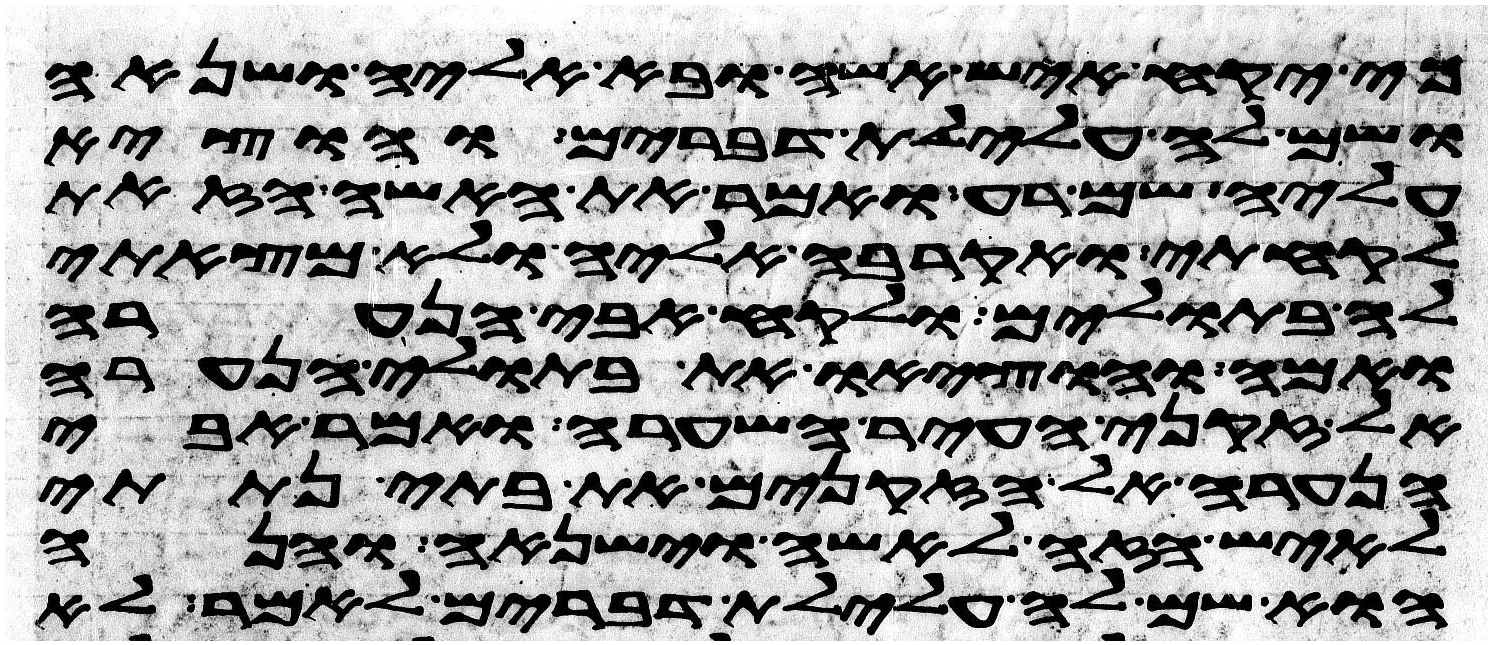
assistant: כי יקח איש אשה ובא אליה ושנאה
ושם לה עלילת דברים והוציא
עליה שם רע ואמר את האשה הזאת
לקחתי ואקרבה אליה ולא מצאתי
לה בתולים ולקח אבי הנערה
ואמה והוציאו את בתולי הנערה
אל זקני העיר השערה ואמר אבי
הנערה אל הזקנים את בתי נתתי
לאיש הזה לאשה וישנאה והנה
הוא שם לה עלילת דברים לאמר לא